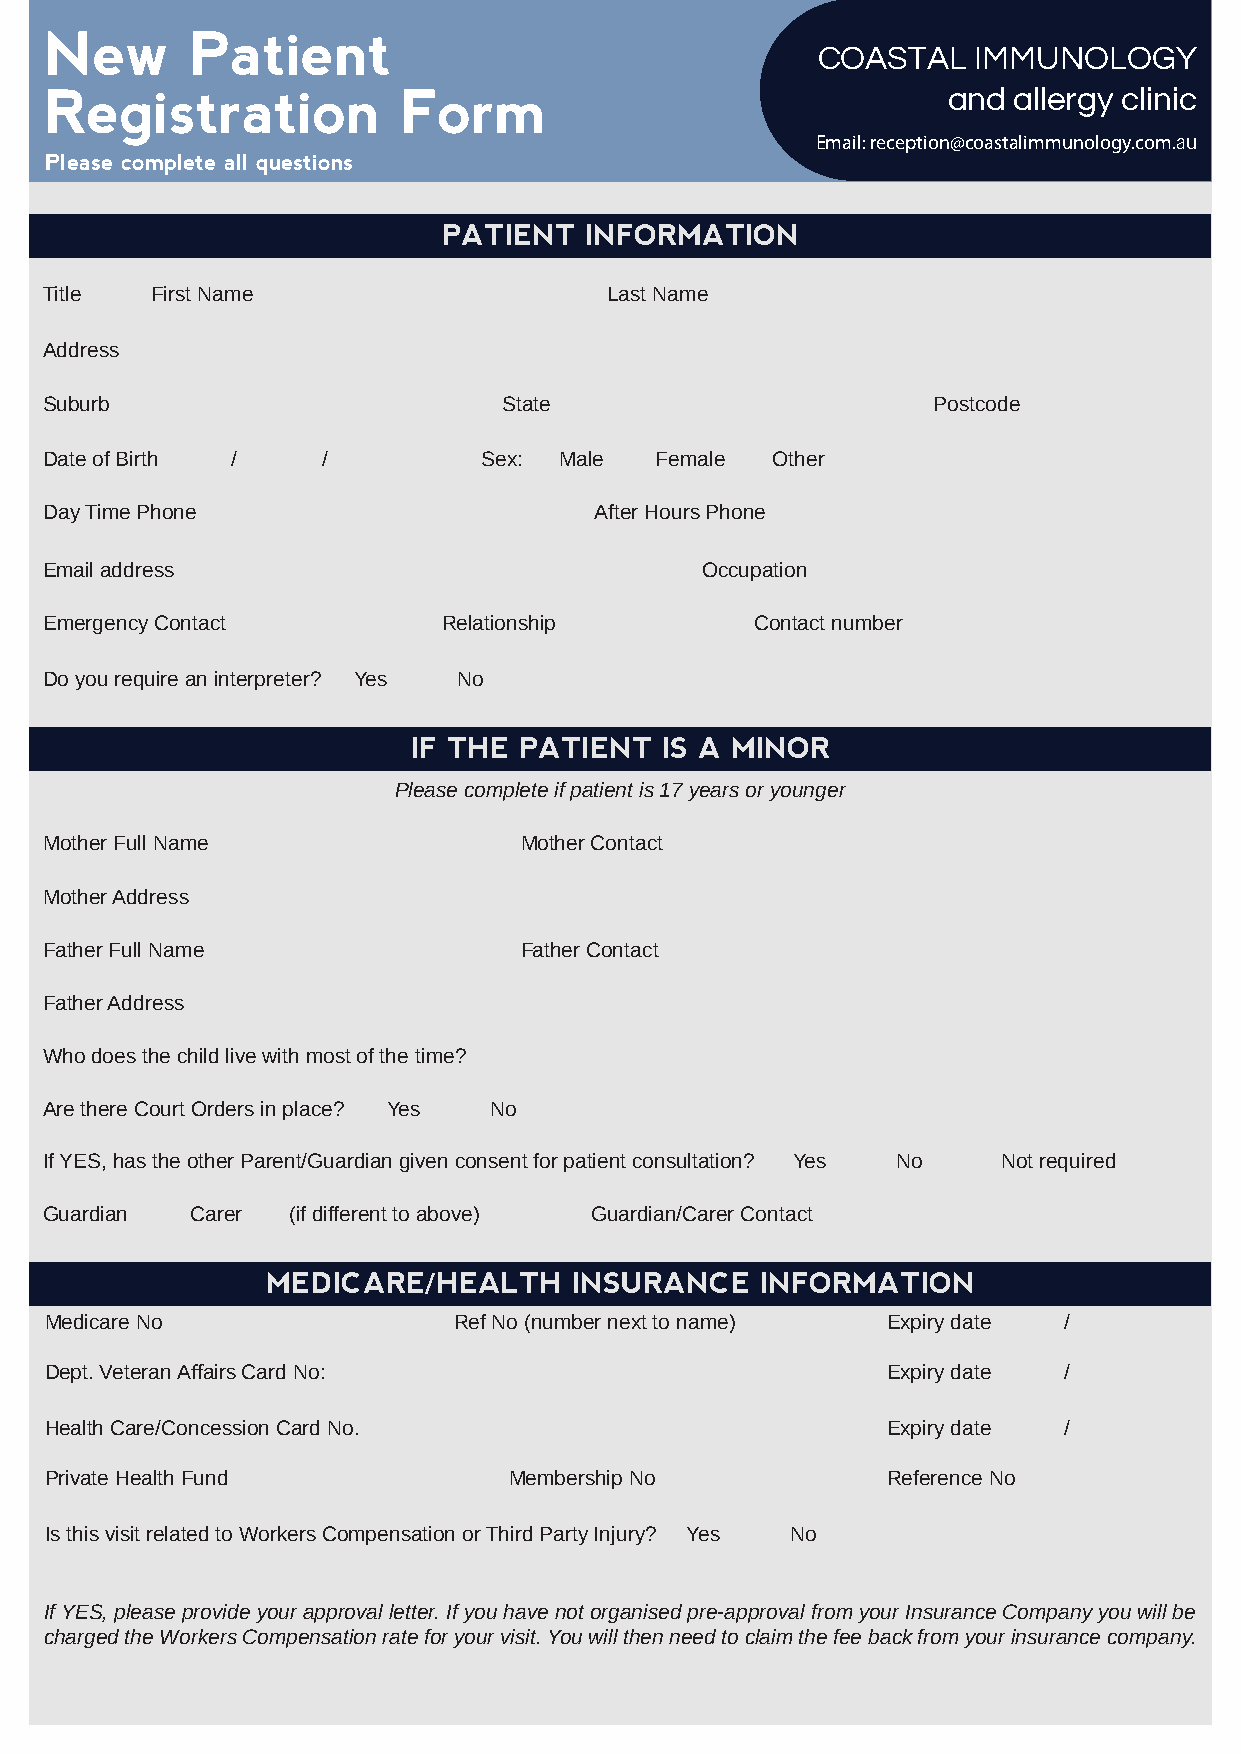
New       Patient
 Registration           Form
 Email: reception@coastalimmunology.com.au
 Please complete all questions
 PATIENT   INFORMATION
 Title  First Name                    Last Name
 Address
 Suburb                        State                        Postcode
 Date of Birth /   /          Sex: Male  Female  Other
 Day Time Phone                      After Hours Phone
 Email address                              Occupation
 Emergency Contact         Relationship         Contact number
 Do you require an interpreter? Yes No
 IF THE PATIENT   IS A MINOR
 Please complete if patient is 17 years or younger
 Mother Full Name               Mother Contact
 Mother Address
 Father Full Name               Father Contact
 Father Address
 Who does the child live with most of the time?
 Are there Court Orders in place? Yes No
 If YES, has the other Parent/Guardian given consent for patient consultation? Yes No Not required
 Guardian  Carer (if different to above) Guardian/Carer Contact
 MEDICARE/HEALTH     INSURANCE   INFORMATION
 Medicare No                Ref No (n u m ber next to name) Expiry date /
 Dept. Veteran Affairs Card No:                          Expiry date /
 Health Care /Conce ssion Card No.                       Expiry date /
 Private Health Fun d           M embership No           Ref e rence No
 Is this visit related to Workers Compensation or Third Party Injury? Yes No
 If YES, please provide your approval letter. If you have not organised pre-approval from your Insurance Company you will be
 charged the Workers Compensation rate for your visit. You will then need to claim the fee back from your insurance company.